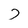
Character: 7